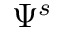
\Psi ^ { s }